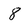
Character: 8